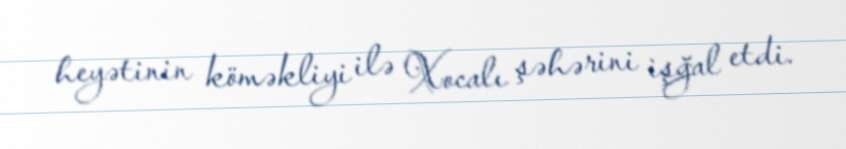
heyətinin köməkliyi ilə Xocalı şəhərini işğal etdi.